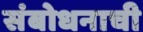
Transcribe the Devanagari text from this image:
संबोधनाची